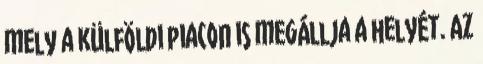
mely a külföldi piacon is megállja a helyét. Az